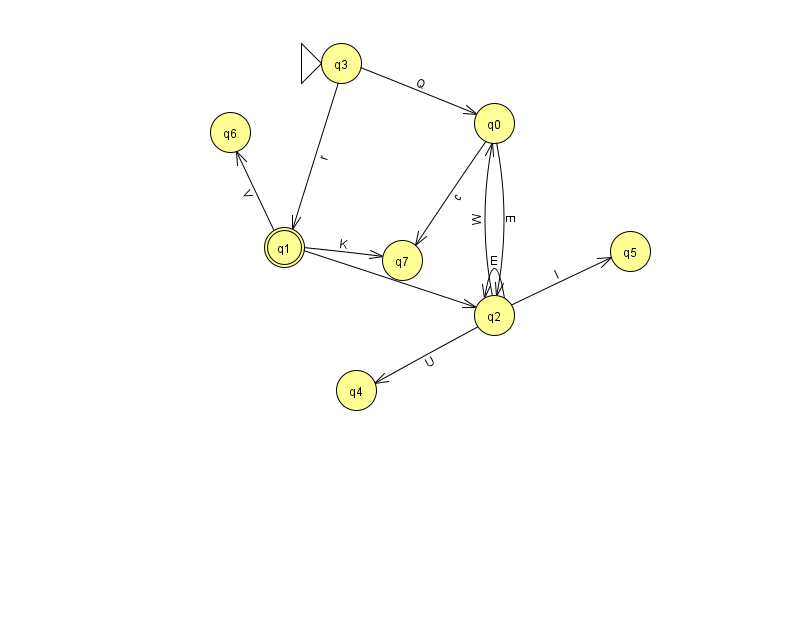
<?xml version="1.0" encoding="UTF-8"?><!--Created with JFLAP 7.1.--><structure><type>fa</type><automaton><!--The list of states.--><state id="0" name="q0"><x>494.0</x><y>110.0</y></state><state id="1" name="q1"><x>284.0</x><y>234.0</y><final/></state><state id="2" name="q2"><x>494.0</x><y>302.0</y></state><state id="3" name="q3"><x>341.0</x><y>50.0</y><initial/></state><state id="4" name="q4"><x>356.0</x><y>377.0</y></state><state id="5" name="q5"><x>630.0</x><y>238.0</y></state><state id="6" name="q6"><x>230.0</x><y>119.0</y></state><state id="7" name="q7"><x>402.0</x><y>247.0</y></state><!--The list of transitions.--><transition><from>3</from><to>0</to><read>Q</read></transition><transition><from>2</from><to>0</to><read>W</read></transition><transition><from>0</from><to>2</to><read>E</read></transition><transition><from>2</from><to>2</to><read>E</read></transition><transition><from>0</from><to>7</to><read>c</read></transition><transition><from>1</from><to>7</to><read>K</read></transition><transition><from>2</from><to>5</to><read>I</read></transition><transition><from>1</from><to>6</to><read>V</read></transition><transition><from>3</from><to>1</to><read>r</read></transition><transition><from>1</from><to>2</to><read>A</read></transition><transition><from>2</from><to>4</to><read>U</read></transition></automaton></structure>